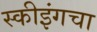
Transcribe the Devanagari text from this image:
स्कीइंगचा